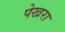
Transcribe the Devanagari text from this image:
पेखरा